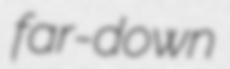
far-down